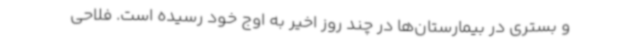
و بستری در بیمارستان‌ها در چند روز اخیر به اوج خود رسیده است. فلاحی